Leaving Certificate Examination, 1912
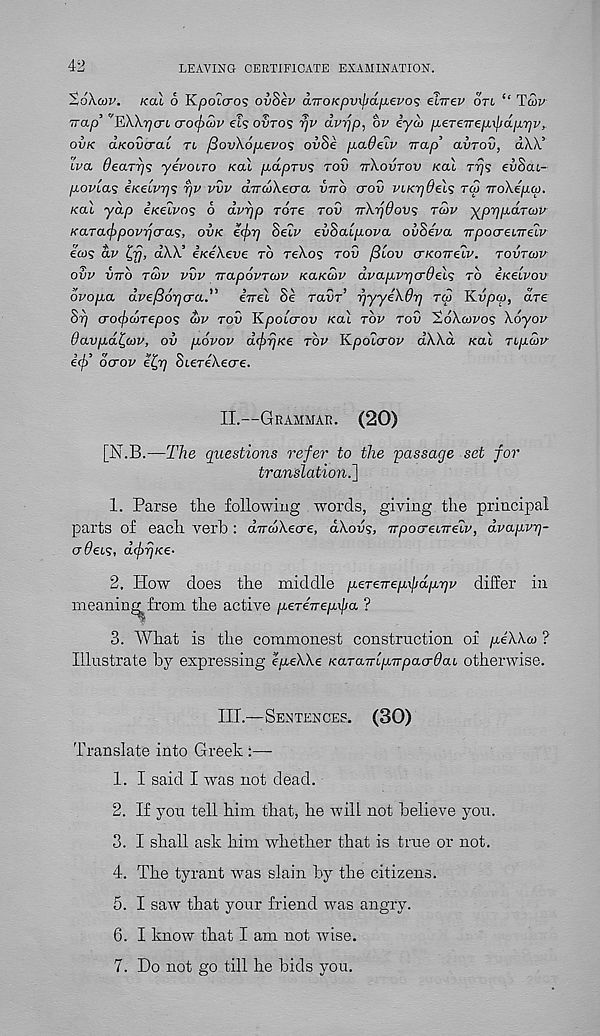
42
LEAVING CERTIFICATE EXAMINATION.
%6\uv. kou 6 Kpoicro? ovSep aTTOKpvxpdfjbevos eT-rrev otl “ Tup
Trap’ 'EWr/cn cro(f>wp el? ouros r/P d.prjp, bp iyo> pereTTepLxpdpyjp,.
ovk aKovcrab tl jSovXopbePOS ovSi paOelp Trap’ avrov, aW’
Ipa OecLTrjs yepoiro Kal p-dpTVS tov ttXovtov kcu Trjs evSac-
p-OPtas iKeiprjs rjp pvp aTTcoXeaa vtto crov PbKrjOels tu Trokepu.
kcll yap iKelpos 6 dprjp Tore tov
tup y^pripdrup
KaTacj) popper as, ovk e(j)p Selp evSabpopa ovSepa TTpocreiTrebP
ecj? dp tyj, dXX' iKekeve to reXos tov (Slop (TKoirelp. tovtojp
ovp vito tup pvp TrapoPTUP KaKUP dpapppcrdels to tKeipov
dpopa dpefiopo-a.” iirel Se raur’ rjyyeXOp tu Kvpu, are
Sp croefruTepos up tov Kpoicrov Kal top tov 'ZoXupos Xoyop
0avpdl,uv, ov popop dcfrrjKe top Kpolcrop dXXd Kal Tipuv
ecp ocrov e^rj oiCTekecre.
II.
—
[N.B.—The questions refer to the passage set for
translation.]
1. Parse the following words, giving the principal
parts of each verb : dnuXecre, dXovs, Trpoa-enreip, drappp-
adeis, dcjrpKe-
2. How does the middle peTevepxjjdppp differ in
meaning from the active peTenepxjia ?
3. What is the commonest construction of peXXu ?
Illustrate by expressing epeXXe KaTa-rrLpTrpacrdai otherwise.
III.
—
Translate into Greek :—
1. I said I was not dead.
2. If you tell him that, he will not believe you.
3. I shall ask him whether that is true or not.
4. The tyrant was slain by the citizens.
5. I saw that your friend was angry.
6. I know that I am not wise.
7. Do not go till he bids you.